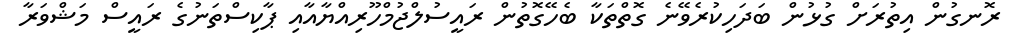
ރޮނގުން އިތުރަށް ގުޅުން ބަދަހިކުރެވޭނެ ގޮތްތަކާ ބެހޭގޮތުން ރައީސުލްޖުމްހޫރިއްޔާއާއި ޕާކިސްތަނުގެ ރައީސް މަޝްވަރާ